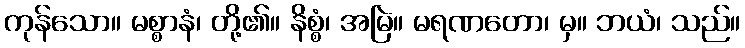
ကုန်သော။ မစ္စာနံ၊ တို့၏။ နိစ္စံ၊ အမြဲ။ မရဏတော၊ မှ။ ဘယံ၊ သည်။